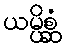
ယမ္ပိစ္ဆံ